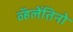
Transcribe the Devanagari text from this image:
व्हॅलेंतिनो